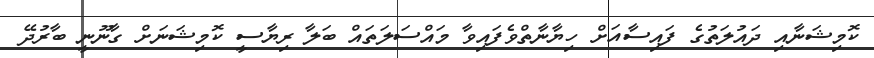
ކޮމިޝަނާއި ދައުލަތުގެ ފައިސާއަށް ހިޔާނާތްވެފައިވާ މައްސަލަތައް ބަލާ ރިޔާސީ ކޮމިޝަނަށް ގާނޫނީ ބާރުދޭ